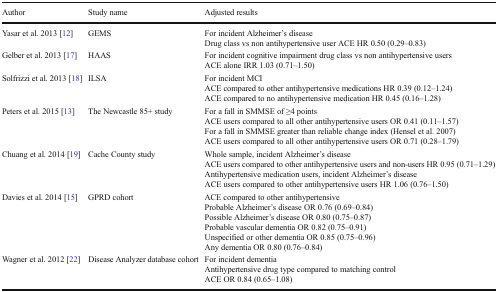
| Author | Study name | Adjusted results |
 | --- | --- | --- |
 | Yasar et al. 2013 [12] | GEMS | For incident Alzheimer’s diseaseDrug class vs non antihypertensive user ACE HR 0.50 (0.29–0.83) |
 | Gelber et al. 2013 [17] | HAAS | For incident cognitive impairment drug class vs non antihypertensive usersACE alone IRR 1.03 (0.71–1.50) |
 | Solfrizzi et al. 2013 [18] | ILSA | For incident MCIACE compared to other antihypertensive medications HR 0.39 (0.12–1.24)ACE compared to no antihypertensive medication HR 0.45 (0.16–1.28) |
 | Peters et al. 2015 [13] | The Newcastle 85+ study | For a fall in SMMSE of ≥4 pointsACE users compared to all other antihypertensive users OR 0.41 (0.11–1.57)For a fall in SMMSE greater than reliable change index (Hensel et al. 2007)ACE users compared to all other antihypertensive users OR 0.71 (0.28–1.79) |
 | Chuang et al. 2014 [19] | Cache County study | Whole sample, incident Alzheimer’s diseaseACE users compared to other antihypertensive users and non-users HR 0.95 (0.71–1.29)Antihypertensive medication users, incident Alzheimer’s diseaseACE users compared to other antihypertensive users HR 1.06 (0.76–1.50) |
 | Davies et al. 2014 [15] | GPRD cohort | ACE compared to other antihypertensiveProbable Alzheimer’s disease OR 0.76 (0.69–0.84)Possible Alzheimer’s disease OR 0.80 (0.75–0.87)Probable vascular dementia OR 0.82 (0.75–0.91)Unspecified or other dementia OR 0.85 (0.75–0.96)Any dementia OR 0.80 (0.76–0.84) |
 | Wagner et al. 2012 [22] | Disease Analyzer database cohort | For incident dementiaAntihypertensive drug type compared to matching controlACE OR 0.84 (0.65–1.08) |